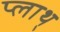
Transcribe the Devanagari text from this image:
प्लाथ्